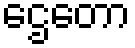
ဌေတော